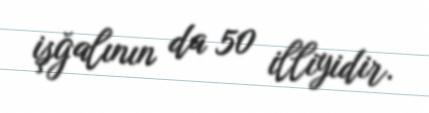
işğalının da 50 illiyidir.